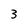
Character: 3